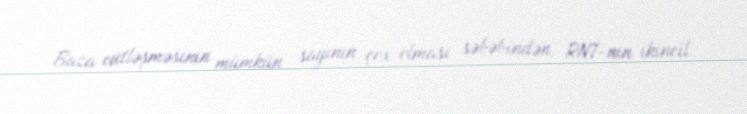
Baza cütləşməsinin mümkün sayının çox olması səbəbindən, RNT-nin ikincil